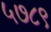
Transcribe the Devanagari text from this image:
५७८९